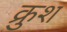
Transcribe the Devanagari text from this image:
क्रुश